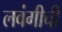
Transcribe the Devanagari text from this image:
लवंगीची